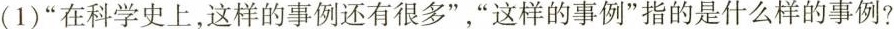
(1)”在科学史上，这样的事例还有很多”，”这样的事例”指的是什么样的事例?